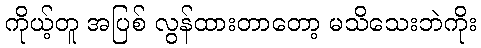
ကိုယ့်တူ အပြစ် လွန်ထားတာတော့ မသိသေးဘဲကိုး